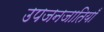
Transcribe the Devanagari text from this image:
उपजनजातियाँ